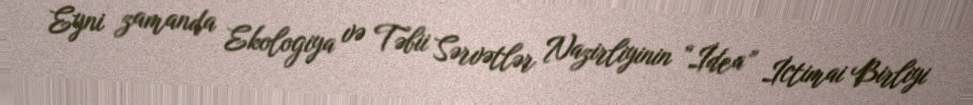
Eyni zamanda Ekologiya və Təbii Sərvətlər Nazirliyinin “İdea” İctimai Birliyi